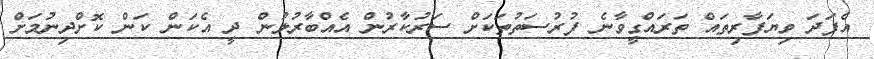
އެފަދަ ވިޔަފާރިތައް ތަރައްގީވާނެ ފުރުސަތުތަކަށް ސަރުކާރުން އެއްބާރުލުން ދީ އެކަން ކަން ކޮށްދިނުމަށް